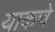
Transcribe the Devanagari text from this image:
याकचे